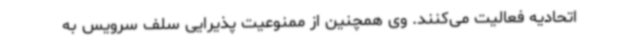
اتحادیه فعالیت می‌کنند. وی همچنین از ممنوعیت پذیرایی سلف سرویس به